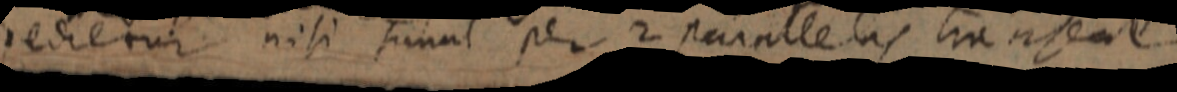
redietur nisi simul per 2 parallelas transeat